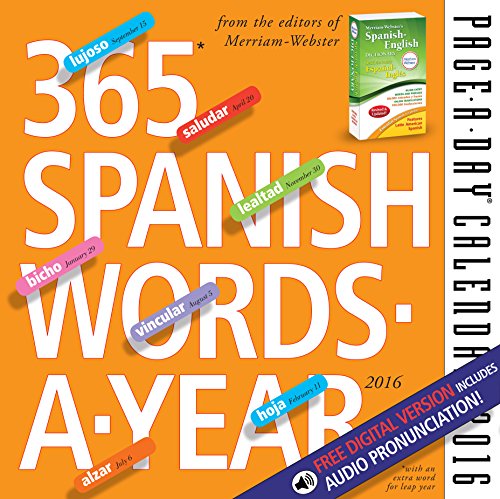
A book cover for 365 Spanish Words-A-Year  Page-A-Day Calendar 2016; Merriam-Webster; Calendars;